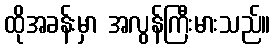
ထိုအခန်းမှာ အလွန်ကြီးမားသည်။